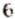
6